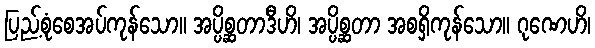
ပြည့်စုံစေအပ်ကုန်သော။ အပ္ပိစ္ဆတာဒီဟိ၊ အပ္ပိစ္ဆတာ အစရှိကုန်သော။ ဂုဏေဟိ၊